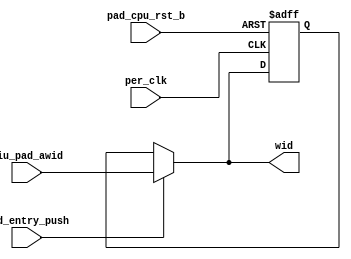
/*Copyright 2019-2021 T-Head Semiconductor Co., Ltd.

Licensed under the Apache License, Version 2.0 (the "License");
you may not use this file except in compliance with the License.
You may obtain a copy of the License at

    http://www.apache.org/licenses/LICENSE-2.0

Unless required by applicable law or agreed to in writing, software
distributed under the License is distributed on an "AS IS" BASIS,
WITHOUT WARRANTIES OR CONDITIONS OF ANY KIND, either express or implied.
See the License for the specific language governing permissions and
limitations under the License.
*/

module wid_entry(
  biu_pad_awid,
  pad_cpu_rst_b,
  per_clk,
  wid,
  wid_entry_push
);


input   [7:0]  biu_pad_awid;  
input          pad_cpu_rst_b; 
input          per_clk;       
input          wid_entry_push; 
output  [7:0]  wid;           


reg     [7:0]  wid_f;         


wire    [7:0]  biu_pad_awid;  
wire           pad_cpu_rst_b; 
wire           per_clk;       
wire    [7:0]  wid;           
wire           wid_entry_push; 


always@(posedge per_clk or negedge pad_cpu_rst_b)
begin
  if (!pad_cpu_rst_b)
    wid_f[7:0] <= 8'b0;
  else if (wid_entry_push)
    wid_f[7:0] <= biu_pad_awid[7:0];
end

assign wid[7:0] = wid_entry_push ? biu_pad_awid[7:0] : wid_f[7:0];


endmodule